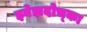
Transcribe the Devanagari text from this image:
झ्वेझदोच्का